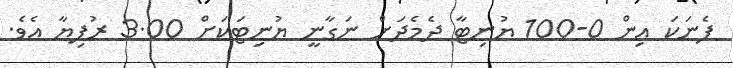
ފެނަކަ އިން 0-100 ޔުނިޓާ ދެމެދަށް ނަގާނީ ޔުނިޓަކަށް 3.00 ރުފިޔާ އެވެ.